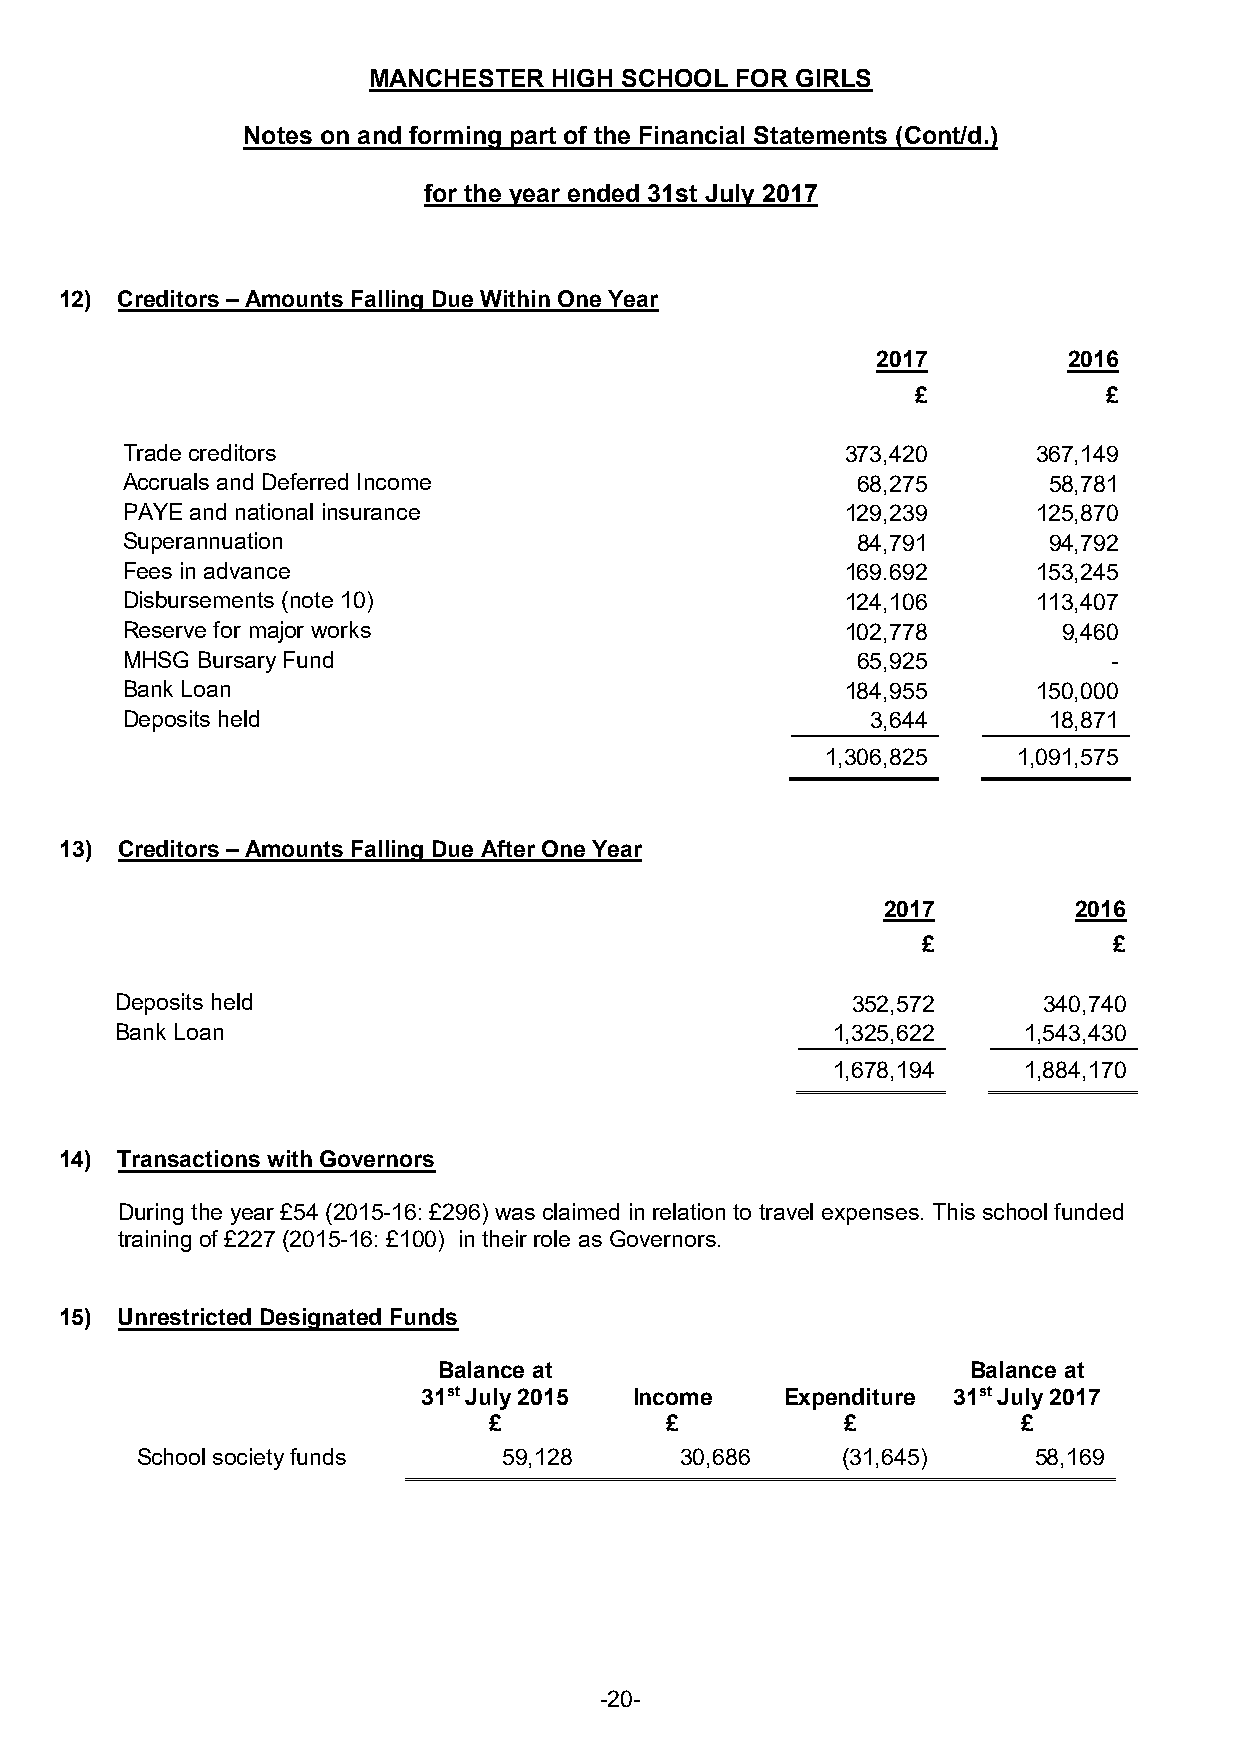
MANCHESTER   HIGH SCHOOL FOR GIRLS
 Notes on and forming part of the Financial Statements (Cont/d.)
 for the year ended 31st July 2017
 12) Creditors – Amounts Falling Due Within One Year
 2017         2016
 £           £
 Trade creditors                                 373,420      367,149
 Accruals and Deferred Income                     68,275      58,781
 PAYE and national insurance                     129,239      125,870
 Superannuation                                   84,791      94,792
 Fees in advance                                 169.692      153,245
 Disbursements (note 10)                         124,106      113,407
 Reserve for major works                         102,778       9,460
 MHSG Bursary Fund                                65,925           -
 Bank Loan                                       184,955      150,000
 Deposits held                                     3,644      18,871
 1,306,825   1,091,575
 13) Creditors – Amounts Falling Due After One Year
 2017         2016
 £            £
 Deposits held                                   352,572      340,740
 Bank Loan                                      1,325,622    1,543,430
 1,678,194    1,884,170
 14) Transactions with Governors
 During the year £54 (2015-16: £296) was claimed in relation to travel expenses. This school funded
 training of £227 (2015-16: £100) in their role as Governors.
 15) Unrestricted Designated Funds
 Balance at                         Balance at
 31st July 2015 Income   Expenditure 31st July 2017
 £           £           £           £
 School society funds    59,128      30,686     (31,645)    58,169
 -20-